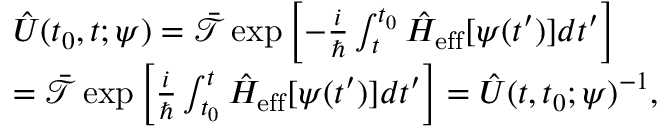
\begin{array} { r l } & { \hat { U } ( t _ { 0 } , t ; \psi ) = \mathcal { \bar { T } } \exp \left[ - \frac { i } { \hbar } \int _ { t } ^ { t _ { 0 } } \hat { H } _ { \mathrm { e f f } } [ \psi ( t ^ { \prime } ) ] d t ^ { \prime } \right] } \\ & { = \mathcal { \bar { T } } \exp \left[ \frac { i } { \hbar } \int _ { t _ { 0 } } ^ { t } \hat { H } _ { \mathrm { e f f } } [ \psi ( t ^ { \prime } ) ] d t ^ { \prime } \right] = \hat { U } ( t , t _ { 0 } ; \psi ) ^ { - 1 } , } \end{array}